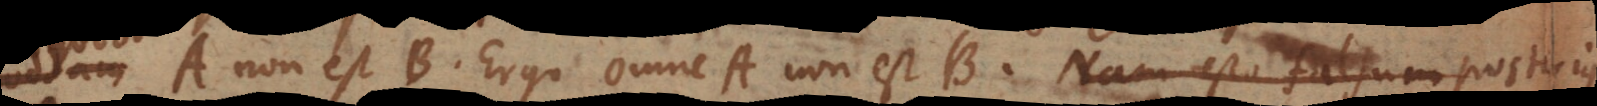
A non est B. Ergo omne A non est B. Nam esto falsum post